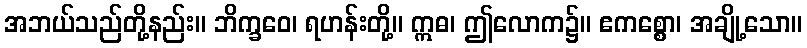
အဘယ်သည်တို့နည်း။ ဘိက္ခဝေ၊ ရဟန်းတို့။ ဣဓ၊ ဤလောက၌။ ဧကစ္စော၊ အချို့သော။